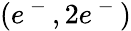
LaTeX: (e^{\mathrm{~-~}},2e^{\mathrm{~-~}})